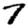
Digit: 7